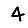
Digit: 4